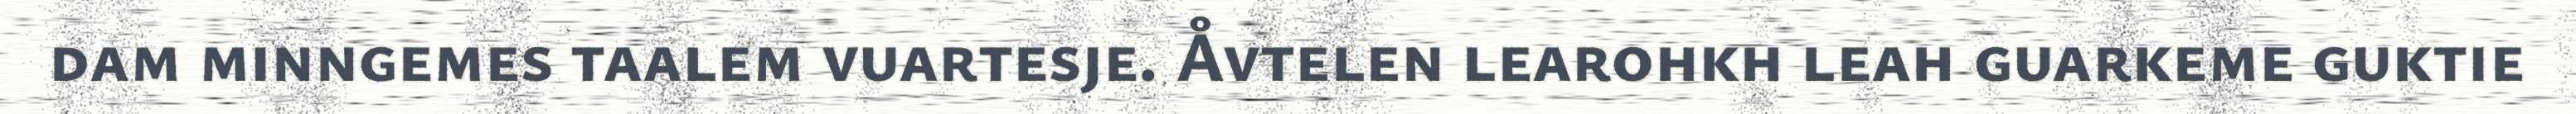
dam minngemes taalem vuartesje. Åvtelen learohkh leah guarkeme guktie